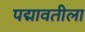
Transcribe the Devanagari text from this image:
पद्मावतीला